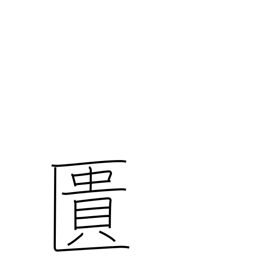
Meaning: coffer